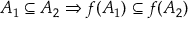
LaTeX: A _ { 1 } \subseteq A _ { 2 } \Rightarrow f ( A _ { 1 } ) \subseteq f ( A _ { 2 } )